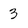
Character: 3